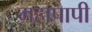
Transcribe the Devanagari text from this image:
महापापी